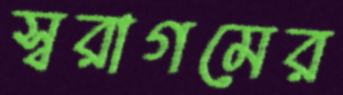
স্বরাগমের